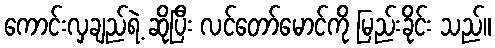
ကောင်းလှချည်ရဲ့ ဆိုပြီး လင်တော်မောင်ကို မြည်းခိုင်း သည်။